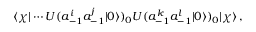
\langle \chi | \cdots U ( a _ { - 1 } ^ { i } a _ { - 1 } ^ { j } | 0 \rangle ) _ { 0 } U ( a _ { - 1 } ^ { k } a _ { - 1 } ^ { l } | 0 \rangle ) _ { 0 } | \chi \rangle \, ,